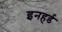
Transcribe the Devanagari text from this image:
इनहर्ड